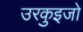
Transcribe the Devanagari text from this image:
उरकुइजो